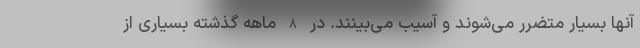
آنها بسیار متضرر می‌شوند و آسیب می‌بینند. در 8 ماهه گذشته بسیاری از